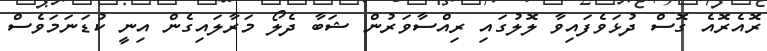
ރޮއެރޮއެ ގޮސް ދުޅަވެފައިވާ ލޮލުގައި ރިއްސާވަރުން ޝަބާ ދެލޯ މަރާލައިގެން އިނީ ކުޑަނަމަވެސް